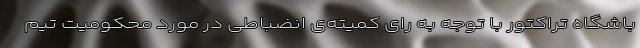
باشگاه تراکتور با توجه به رای کمیته‌ی انضباطی در مورد محکومیت تیم